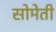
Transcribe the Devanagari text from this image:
सोमेती